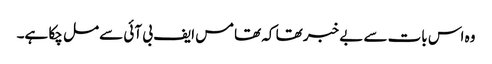
وہ اس بات سے بے خبر تھا کہ تھامس ایف بی آئی سے مل چکا ہے۔